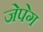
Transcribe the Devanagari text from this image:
जेपेग